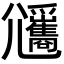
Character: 𡰡